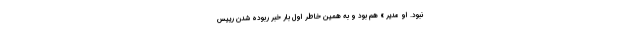
نبود. او مدیر » هم بود و به همین خاطر اول بار خبر ربوده شدن رییس